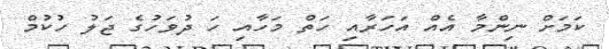
ކަމަށް ނިންމާ އެއް އަހަރާއި ހަތް މަހާއި ހަ ދުވަހުގެ ޖަލު ހުކުމް